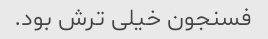
فسنجون خیلى ترش بود.